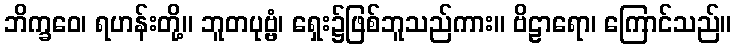
ဘိက္ခဝေ၊ ရဟန်းတို့။ ဘူတပုဗ္ဗံ၊ ရှေး၌ဖြစ်ဘူသည်ကား။ ဗိဠာရော၊ ကြောင်သည်။